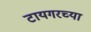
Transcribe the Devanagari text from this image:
टायगरच्या